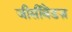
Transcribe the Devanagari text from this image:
जीसीबैंडज़